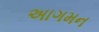
અાગમન